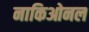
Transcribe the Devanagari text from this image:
नाकिओनल